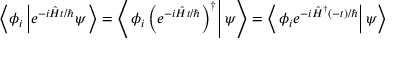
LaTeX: \left\langle \phi _ { i } \left| e ^ { - i { \hat { H } } t / \hbar } \psi \right. \right\rangle = \left\langle \left. \phi _ { i } \left( e ^ { - i { \hat { H } } t / \hbar } \right) ^ { \dagger } \right| \psi \right\rangle = \left\langle \left. \phi _ { i } e ^ { - i { \hat { H } } ^ { \dagger } ( - t ) / \hbar } \right| \psi \right\rangle